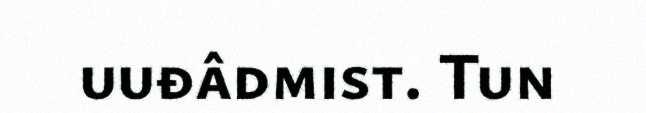
uuđâdmist. Tun